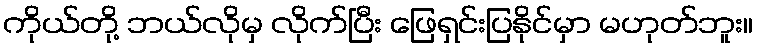
ကိုယ်တို့ ဘယ်လိုမှ လိုက်ပြီး ဖြေရှင်းပြနိုင်မှာ မဟုတ်ဘူး။